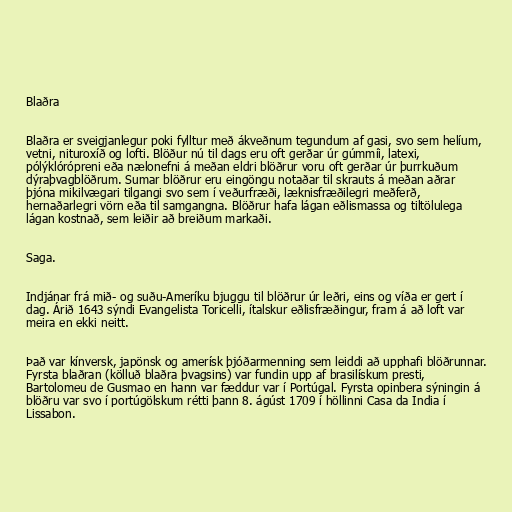
Blaðra

Blaðra er sveigjanlegur poki fylltur með ákveðnum tegundum af gasi, svo sem helíum,
vetni, nituroxíð og lofti. Blöður nú til dags eru oft gerðar úr gúmmíi, latexi,
pólýklórópreni eða nælonefni á meðan eldri blöðrur voru oft gerðar úr þurrkuðum
dýraþvagblöðrum. Sumar blöðrur eru eingöngu notaðar til skrauts á meðan aðrar
þjóna mikilvægari tilgangi svo sem í veðurfræði, læknisfræðilegri meðferð,
hernaðarlegri vörn eða til samgangna. Blöðrur hafa lágan eðlismassa og tiltölulega
lágan kostnað, sem leiðir að breiðum markaði.

Saga.

Indjánar frá mið- og suðu-Ameríku bjuggu til blöðrur úr leðri, eins og víða er gert í
dag. Árið 1643 sýndi Evangelista Toricelli, ítalskur eðlisfræðingur, fram á að loft var
meira en ekki neitt.

Það var kínversk, japönsk og amerísk þjóðarmenning sem leiddi að upphafi blöðrunnar.
Fyrsta blaðran (kölluð blaðra þvagsins) var fundin upp af brasilískum presti,
Bartolomeu de Gusmao en hann var fæddur var í Portúgal. Fyrsta opinbera sýningin á
blöðru var svo í portúgölskum rétti þann 8. ágúst 1709 í höllinni Casa da India í
Lissabon.